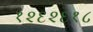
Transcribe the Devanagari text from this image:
१२६२६१८